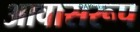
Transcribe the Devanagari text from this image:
आवासरूप